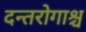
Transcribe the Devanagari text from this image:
दन्तरोगाश्च